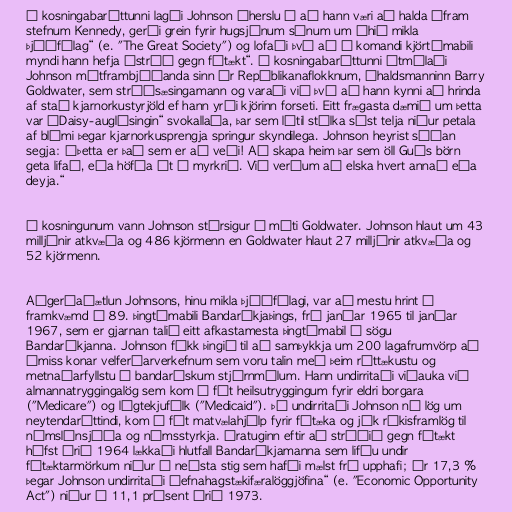
Í kosningabaráttunni lagði Johnson áherslu á að hann væri að halda áfram
stefnum Kennedy, gerði grein fyrir hugsjónum sínum um „hið mikla
þjóðfélag“ (e. "The Great Society") og lofaði því að á komandi kjörtímabili
myndi hann hefja „stríð gegn fátækt“. Í kosningabaráttunni útmálaði
Johnson mótframbjóðanda sinn úr Repúblikanaflokknum, íhaldsmanninn Barry
Goldwater, sem stríðsæsingamann og varaði við því að hann kynni að hrinda
af stað kjarnorkustyrjöld ef hann yrði kjörinn forseti. Eitt frægasta dæmið um þetta
var „Daisy-auglýsingin“ svokallaða, þar sem lítil stúlka sést telja niður petala
af blómi þegar kjarnorkusprengja springur skyndilega. Johnson heyrist síðan
segja: „Þetta er það sem er að veði! Að skapa heim þar sem öll Guðs börn
geta lifað, eða höfða út í myrkrið. Við verðum að elska hvert annað eða
deyja.“

Í kosningunum vann Johnson stórsigur á móti Goldwater. Johnson hlaut um 43
milljónir atkvæða og 486 kjörmenn en Goldwater hlaut 27 milljónir atkvæða og
52 kjörmenn.

Aðgerðaáætlun Johnsons, hinu mikla þjóðfélagi, var að mestu hrint í
framkvæmd á 89. þingtímabili Bandaríkjaþings, frá janúar 1965 til janúar
1967, sem er gjarnan talið eitt afkastamesta þingtímabil í sögu
Bandaríkjanna. Johnson fékk þingið til að samþykkja um 200 lagafrumvörp að
ýmiss konar velferðarverkefnum sem voru talin með þeim róttækustu og
metnaðarfyllstu í bandarískum stjórnmálum. Hann undirritaði viðauka við
almannatryggingalög sem kom á fót heilsutryggingum fyrir eldri borgara
("Medicare") og lágtekjufólk ("Medicaid"). Þá undirritaði Johnson ný lög um
neytendaréttindi, kom á fót matvælahjálp fyrir fátæka og jók ríkisframlög til
námslánsjóða og námsstyrkja. Áratuginn eftir að stríðið gegn fátækt
hófst árið 1964 lækkaði hlutfall Bandaríkjamanna sem lifðu undir
fátæktarmörkum niður á neðsta stig sem hafði mælst frá upphafi; úr 17,3 %
þegar Johnson undirritaði „efnahagstækifæralöggjöfina“ (e. "Economic Opportunity
Act") niður í 11,1 prósent árið 1973.